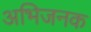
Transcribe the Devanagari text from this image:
अभिजनक